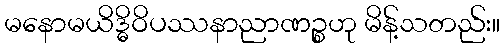
မနောမယိဒ္ဓိဝိပဿနာညာဏဉ္စဟု မိန့်သတည်း။